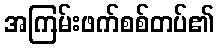
အကြမ်းဖက်စစ်တပ်၏